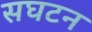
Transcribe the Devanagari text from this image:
सघटन